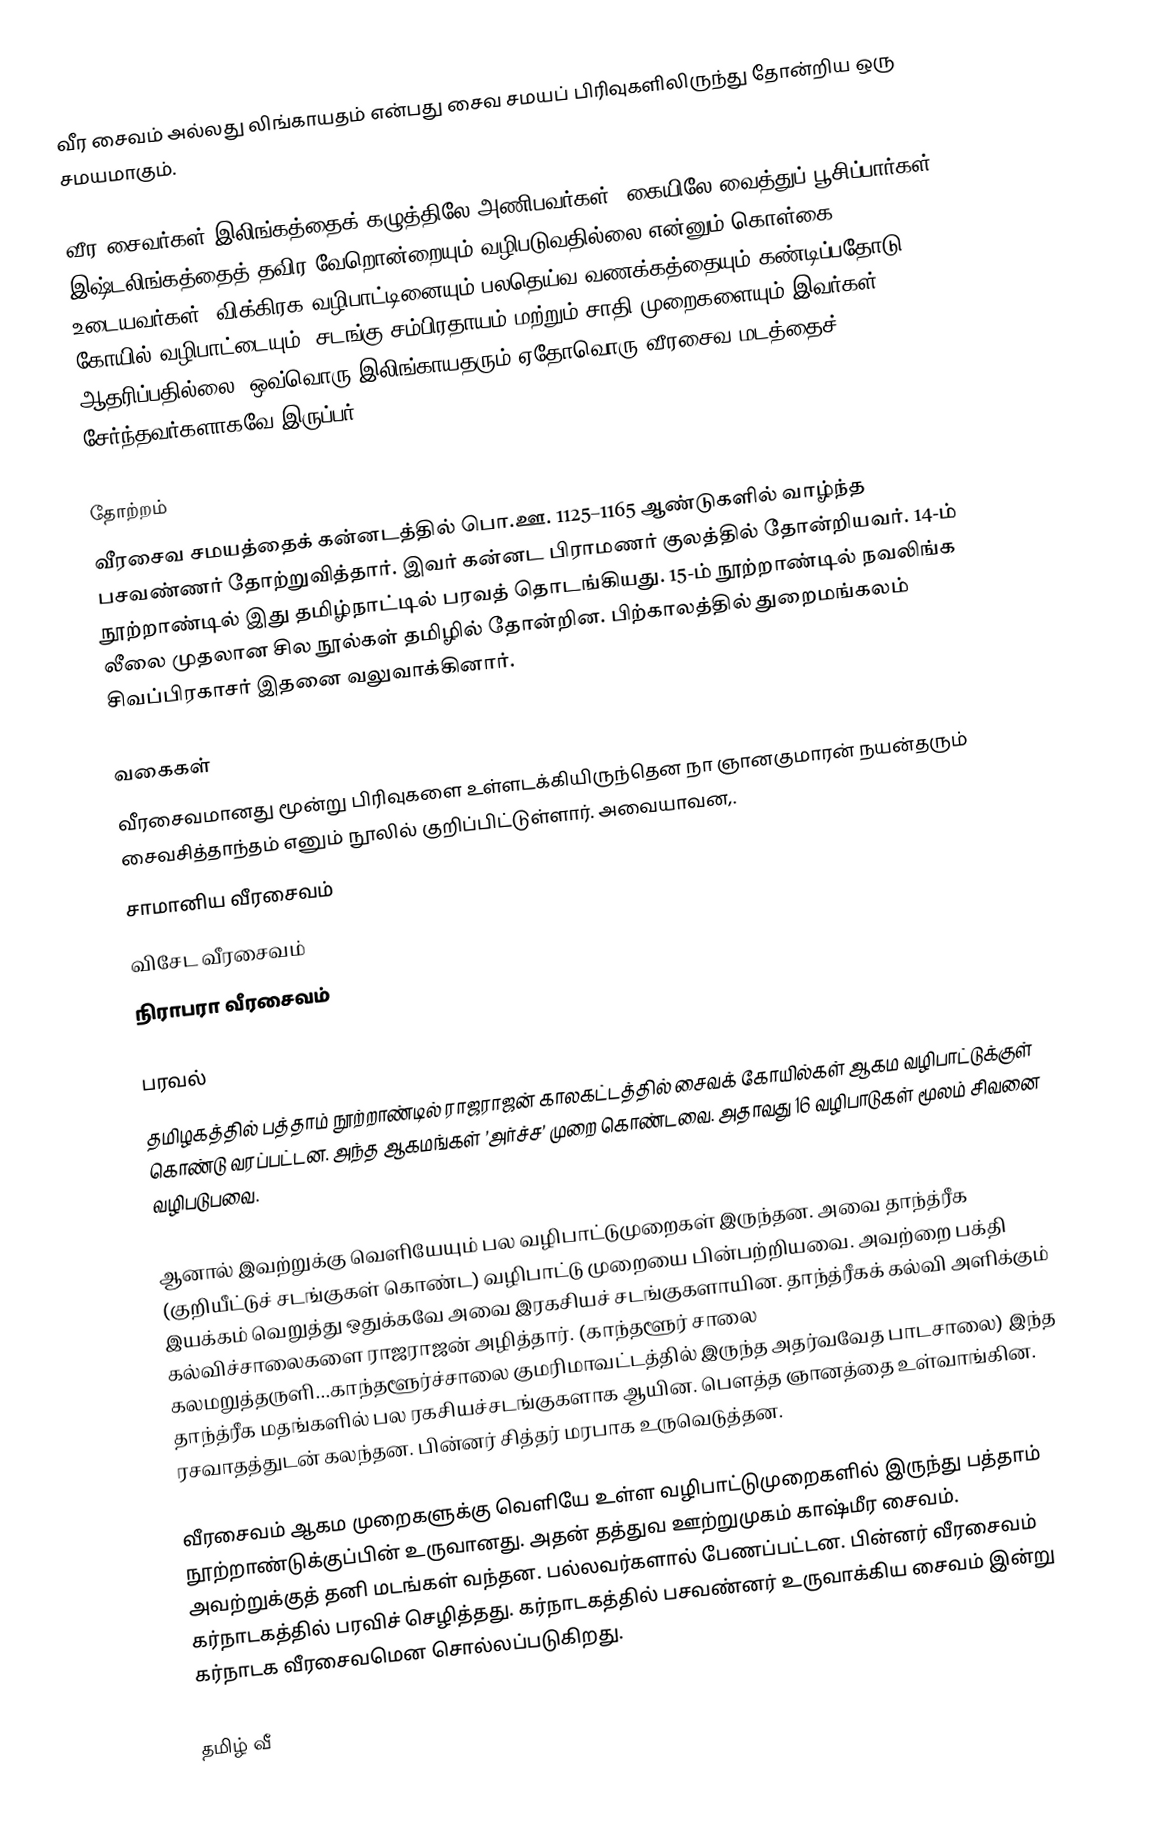
வீர சைவம் அல்லது லிங்காயதம் என்பது சைவ சமயப் பிரிவுகளிலிருந்து தோன்றிய ஒரு சமயமாகும்.

வீர சைவர்கள் இலிங்கத்தைக் கழுத்திலே அணிபவர்கள். கையிலே வைத்துப் பூசிப்பார்கள். இஷ்டலிங்கத்தைத் தவிர வேறொன்றையும் வழிபடுவதில்லை என்னும் கொள்கை உடையவர்கள். விக்கிரக வழிபாட்டினையும் பலதெய்வ வணக்கத்தையும் கண்டிப்பதோடு கோயில் வழிபாட்டையும், சடங்கு சம்பிரதாயம் மற்றும் சாதி முறைகளையும் இவர்கள் ஆதரிப்பதில்லை. ஒவ்வொரு இலிங்காயதரும் ஏதோவொரு வீரசைவ மடத்தைச் சேர்ந்தவர்களாகவே இருப்பர்.

தோற்றம்
வீரசைவ சமயத்தைக் கன்னடத்தில் பொ.ஊ. 1125–1165 ஆண்டுகளில் வாழ்ந்த பசவண்ணர் தோற்றுவித்தார். இவர் கன்னட பிராமணர் குலத்தில் தோன்றியவர். 14-ம் நூற்றாண்டில் இது தமிழ்நாட்டில் பரவத் தொடங்கியது. 15-ம் நூற்றாண்டில் நவலிங்க லீலை முதலான சில நூல்கள் தமிழில் தோன்றின. பிற்காலத்தில் துறைமங்கலம் சிவப்பிரகாசர் இதனை வலுவாக்கினார்.

வகைகள்
வீரசைவமானது மூன்று பிரிவுகளை உள்ளடக்கியிருந்தென நா ஞானகுமாரன் நயன்தரும் சைவசித்தாந்தம்  எனும் நூலில் குறிப்பிட்டுள்ளார். அவையாவன,.
 சாமானிய வீரசைவம்
 விசேட வீரசைவம்
 நிராபரா வீரசைவம்

பரவல்
தமிழகத்தில் பத்தாம் நூற்றாண்டில் ராஜராஜன் காலகட்டத்தில் சைவக் கோயில்கள் ஆகம வழிபாட்டுக்குள் கொண்டு வரப்பட்டன. அந்த ஆகமங்கள் ’அர்ச்ச’ முறை கொண்டவை. அதாவது 16 வழிபாடுகள் மூலம் சிவனை வழிபடுபவை.

ஆனால் இவற்றுக்கு வெளியேயும் பல வழிபாட்டுமுறைகள் இருந்தன. அவை தாந்த்ரீக (குறியீட்டுச் சடங்குகள் கொண்ட) வழிபாட்டு முறையை பின்பற்றியவை. அவற்றை பக்தி இயக்கம் வெறுத்து ஒதுக்கவே அவை இரகசியச் சடங்குகளாயின. தாந்த்ரீகக் கல்வி அளிக்கும் கல்விச்சாலைகளை ராஜராஜன் அழித்தார். (காந்தளூர் சாலை கலமறுத்தருளி...காந்தளூர்ச்சாலை குமரிமாவட்டத்தில் இருந்த அதர்வவேத பாடசாலை) இந்த தாந்த்ரீக மதங்களில் பல ரகசியச்சடங்குகளாக ஆயின. பௌத்த ஞானத்தை உள்வாங்கின. ரசவாதத்துடன் கலந்தன. பின்னர் சித்தர் மரபாக உருவெடுத்தன.

வீரசைவம் ஆகம முறைகளுக்கு வெளியே உள்ள வழிபாட்டுமுறைகளில் இருந்து பத்தாம் நூற்றாண்டுக்குப்பின் உருவானது. அதன் தத்துவ ஊற்றுமுகம் காஷ்மீர சைவம். அவற்றுக்குத் தனி மடங்கள் வந்தன. பல்லவர்களால் பேணப்பட்டன. பின்னர் வீரசைவம் கர்நாடகத்தில் பரவிச் செழித்தது. கர்நாடகத்தில் பசவண்னர் உருவாக்கிய சைவம் இன்று கர்நாடக வீரசைவமென சொல்லப்படுகிறது.

தமிழ் வீ